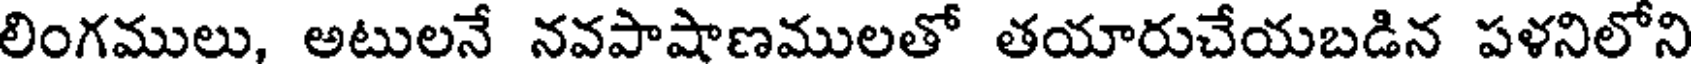
లింగములు, అటులనే నవపాషాణములతో తయారుచేయబడిన పళనిలోని